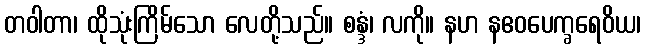
တဝါတာ၊ ထိုသုံးကြိမ်သော လေတို့သည်။ စန္ဒံ၊ လကို။ နဟ နဧဝပေက္ခရေဝိယ၊